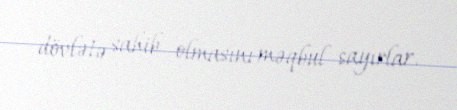
dövlətə sahib olmasını məqbul sayırlar.